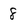
Character: 8